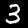
Label: 3